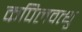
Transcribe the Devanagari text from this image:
कपिलवत्थु